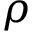
\rho